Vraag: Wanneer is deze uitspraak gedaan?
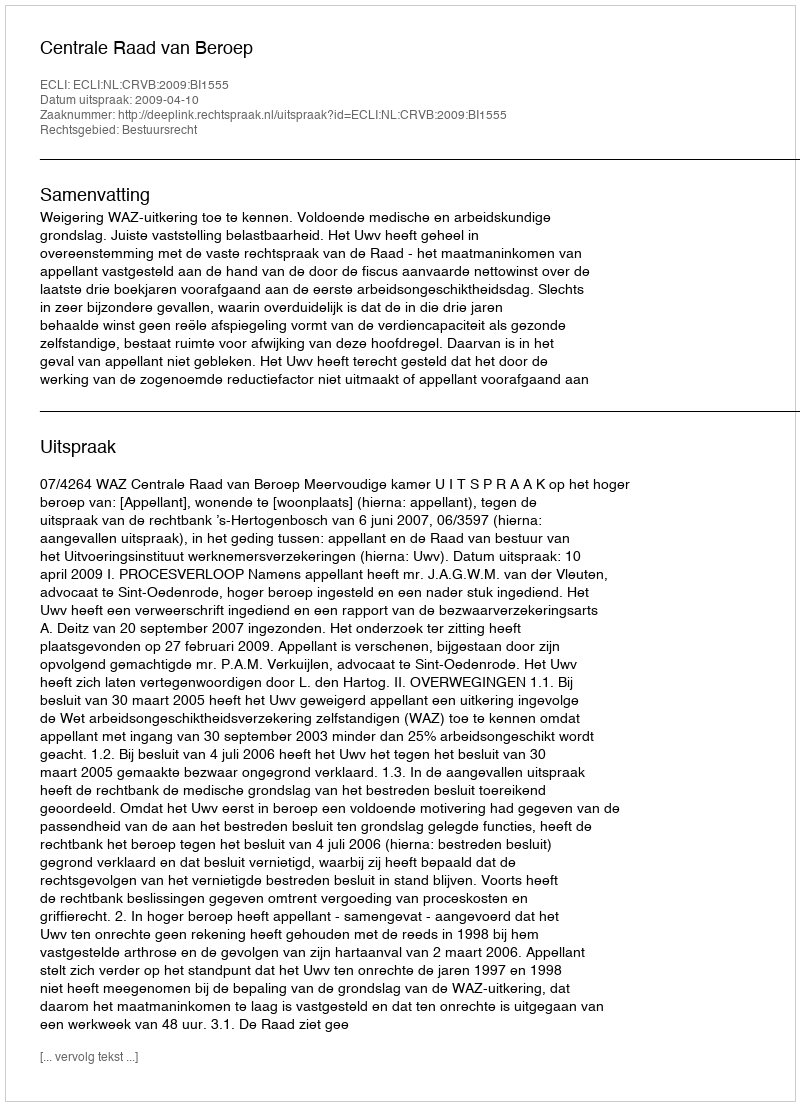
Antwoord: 2009-04-10